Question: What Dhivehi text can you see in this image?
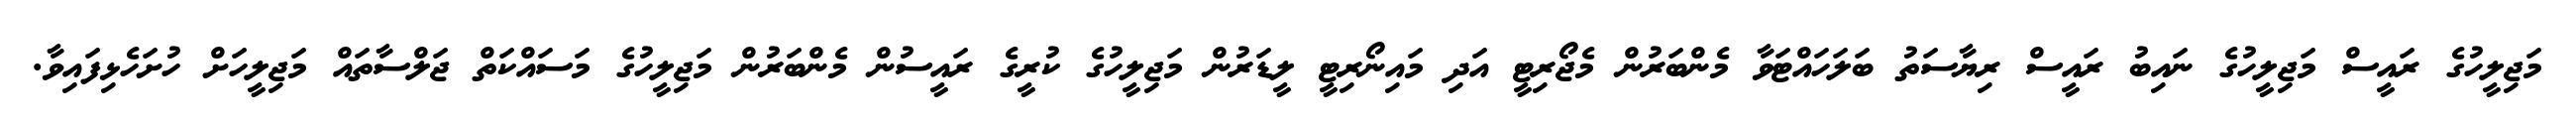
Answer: މަޖިލީހުގެ ރައީސް މަޖިލީހުގެ ނައިބު ރައީސް ރިޔާސަތު ބަލަހައްޓަވާ މެންބަރުން މެޖޯރިޓީ އަދި މައިނޯރިޓީ ލީޑަރުން މަޖިލީހުގެ ކުރީގެ ރައީސުން މެންބަރުން މަޖިލީހުގެ މަސައްކަތް ޖަލްސާތައް މަޖިލީހަށް ހުށަހެޅިފައިވާ.